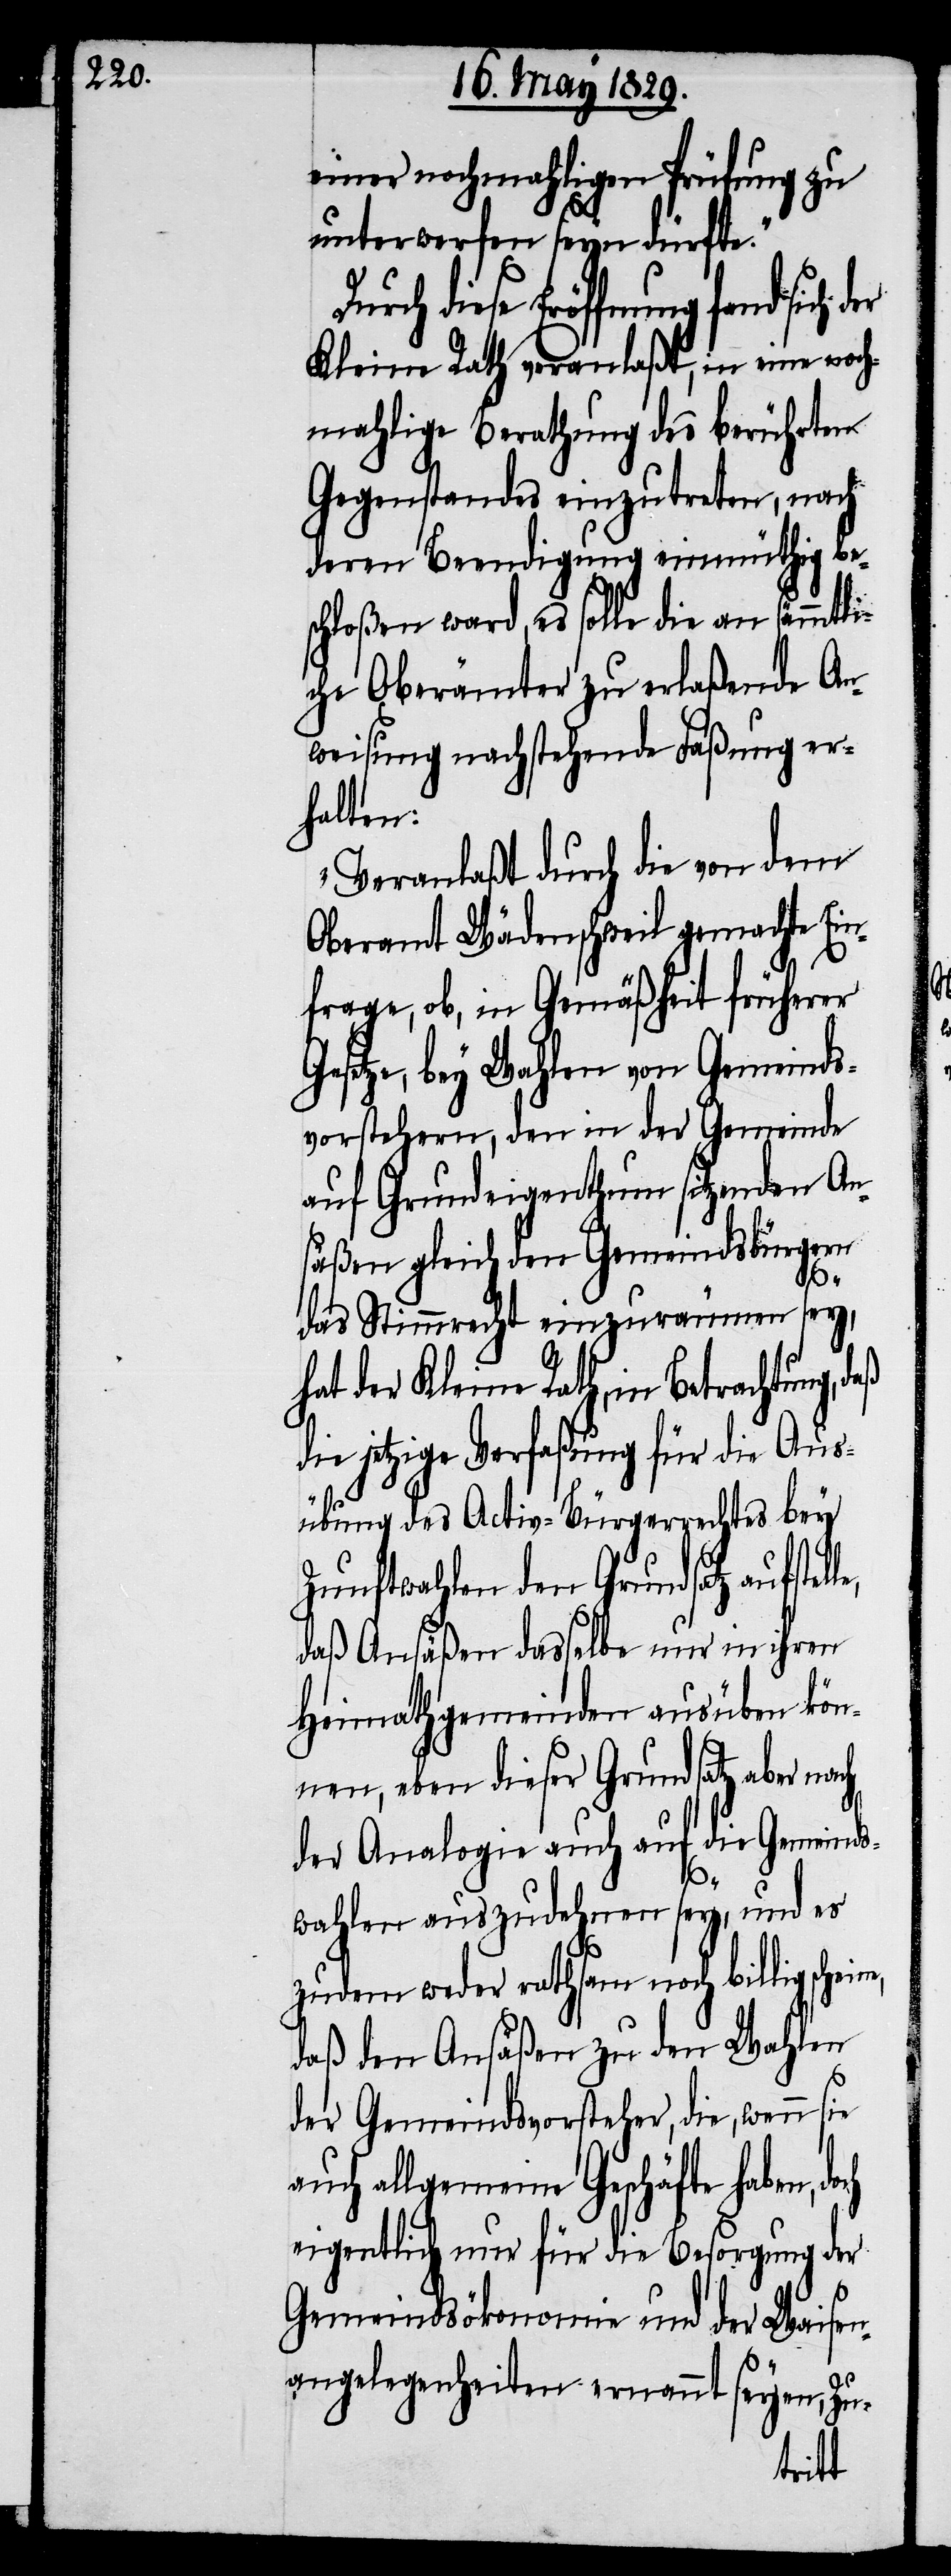
einer nochmahligen Prüfung zu
unterwerfen seyn dürfte.“
Durch diese Eröffnung fand
Kleine Rath veranlaßt, in eine noch¬
mahlige Berathung des berührten
Gegenstandes einzutreten, nach
deren Beendigung einmüthig be¬
schloßen ward, es solle die an sämmtli¬
che Oberämter zu erlaßende An¬
weisung nachstehende Faßung er¬
halten:
„Veranlaßt durch die von dem
Oberamt Wädenschweil gemachte Ein¬
frage, ob, in Gemäßheit früherer
Gesetze, bey Wahlen von Gemeinds¬
vorstehern, den in der Gemeinde
auf Grundeigenthum sitzende An¬
säßen gleich den Gemeindsbürgern
das Stimmrecht einzuräumen sey,
hat der Kleine Rath, in Betrachtung,
die jetzige Verfaßung für die Aus¬
übung des Activ-Bürgerrechtes bey
Zunftwahlen den Grundsatz aufstel¬
daß Ansäßen dasselbe nur in ihren
Heimathgemeinden ausüben kön¬
nen, eben dieser Grundsatz aber nach
der Analogie auch auf die Gemeinds¬
ine,
wahlen auszudehnen sey, und es
zudem weder rathsam noch billig sche¬
daß den Ansäßen zu den Wahlen
der Gemeindsvorsteher, die, wenn
auch allgemeine Geschäfte haben,
eigentlich nur für die Besorgung der
Gemeindsökonomie und der Waisen¬
angelegenheiten ernannt seyen, Zu-